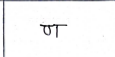
मजकूर: ण